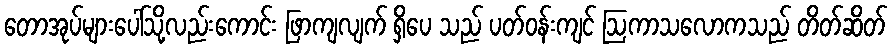
တောအုပ်များပေါ်သို့လည်းကောင်း ဖြာကျလျက် ရှိပေ သည် ပတ်ဝန်းကျင် ဩကာသလောကသည် တိတ်ဆိတ်